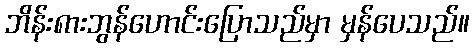
ဘိန်း၈ားဘွန်ဟောင်းပြောသည်မှာ မှန်ပေသည်။